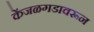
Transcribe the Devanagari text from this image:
केंजळगडावरून